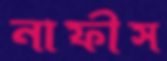
নাফীস